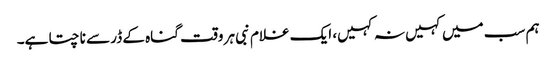
ہم سب میں کہیں نہ کہیں، ایک غلام نبی ہر وقت گناہ کے ڈر سے ناچتا ہے۔